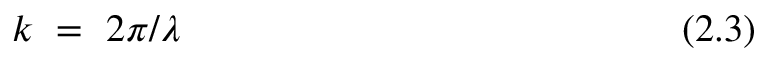
k ~ = ~ 2 \pi / \lambda ~ ~ ~ ~ ~ ~ ~ ~ ~ ~ ~ ~ ~ ~ ~ ~ ~ ~ ~ ~ ~ ~ ~ ~ ~ ~ ~ ~ ~ ~ ~ ~ ~ ~ ~ ~ ~ ~ ~ ( 2 . 3 )